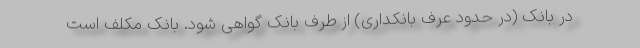
در بانک (در حدود عرف بانکداری) از طرف بانک گواهی شود. بانک مکلف است